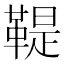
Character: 鞮